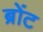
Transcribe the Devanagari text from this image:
ब्रोंट